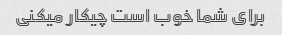
برای شما خوب است چیکار میکنی